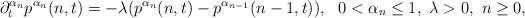
LaTeX: \begin{align*}\partial_t^{\alpha_n} p^{\alpha_n}(n,t)=-\lambda(p^{\alpha_n}(n,t)-p^{\alpha_{n-1}}(n-1,t)),\ \ 0<\alpha_n\leq 1,\ \lambda>0,\ n\geq 0,\end{align*}